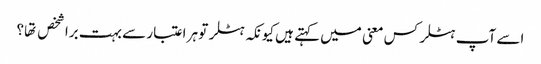
اسے آپ ہٹلر کس معنی میں کہتے ہیں کیونکہ ہٹلر تو ہر اعتبار سے بہت برا شخص تها؟